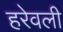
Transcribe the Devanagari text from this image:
हरेवली